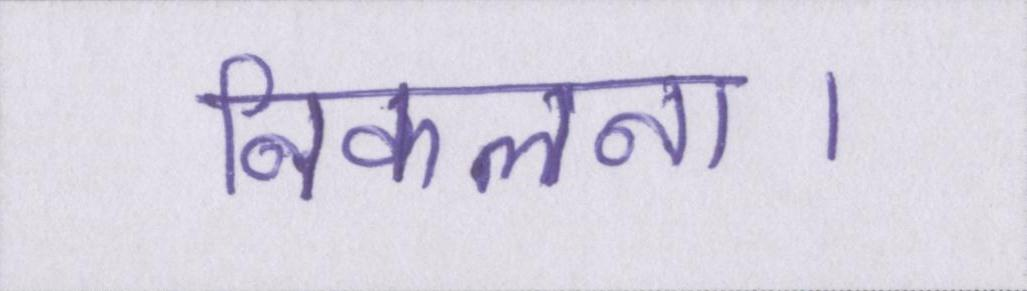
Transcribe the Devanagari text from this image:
निकलना।